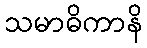
သမာဓိကာနိ